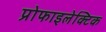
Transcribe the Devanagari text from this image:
प्रोफाइलेक्टिक